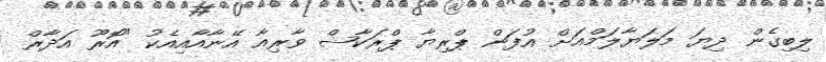
ލިބިގެން ދިޔަ މަލަޔާލަމްއަށް އުފަން ޕްރިޔާ ޕްރަކާޝް ވާރިއާ އޭނާއާއިއެކު "އޮރޫ އަދާރް